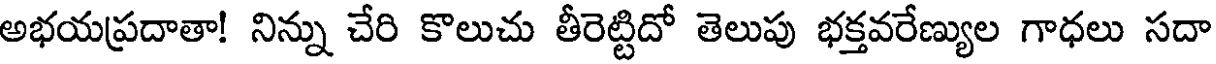
అభయప్రదాతా! నిన్ను చేరి కొలుచు తీరెట్టిదో తెలుపు భక్తవరేణ్యుల గాధలు సదా